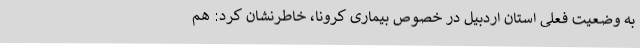
به وضعیت فعلی استان اردبیل در خصوص بیماری کرونا، خاطرنشان کرد: هم